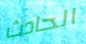
الحادث